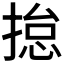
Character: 𢰾